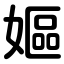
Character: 嫗